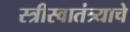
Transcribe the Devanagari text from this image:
स्त्रीस्वातंत्र्याचे